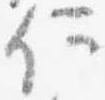
何